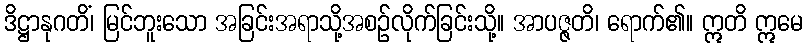
ဒိဋ္ဌာနုဂတိံ၊ မြင်ဘူးသော အခြင်းအရာသို့အစဉ်လိုက်ခြင်းသို့။ အာပဇ္ဇတိ၊ ရောက်၏။ ဣတိ ဣမေ